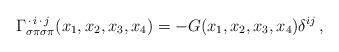
LaTeX: \begin{align*}\Gamma^{\,\cdot\,i\,\cdot\,j}_{\sigma\pi\sigma\pi}(x_1,x_2,x_3,x_4) = - G(x_1,x_2,x_3,x_4)\delta^{ij}\,,\end{align*}